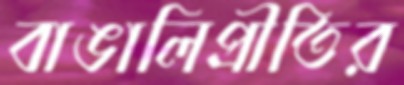
বাঙালিপ্রীতির